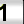
Digit: 1